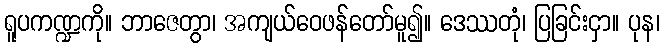
ရူပကဏ္ဍကို။ ဘာဇေတွာ၊ အကျယ်ဝေဖန်တော်မူ၍။ ဒေဿတုံ၊ ပြခြင်းငှာ။ ပုန၊